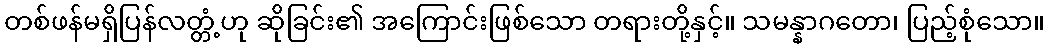
တစ်ဖန်မရှိပြန်လတ္တံ့ဟု ဆိုခြင်း၏ အကြောင်းဖြစ်သော တရားတို့နှင့်။ သမန္နာဂတော၊ ပြည့်စုံသော။